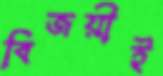
বিজয়ীই